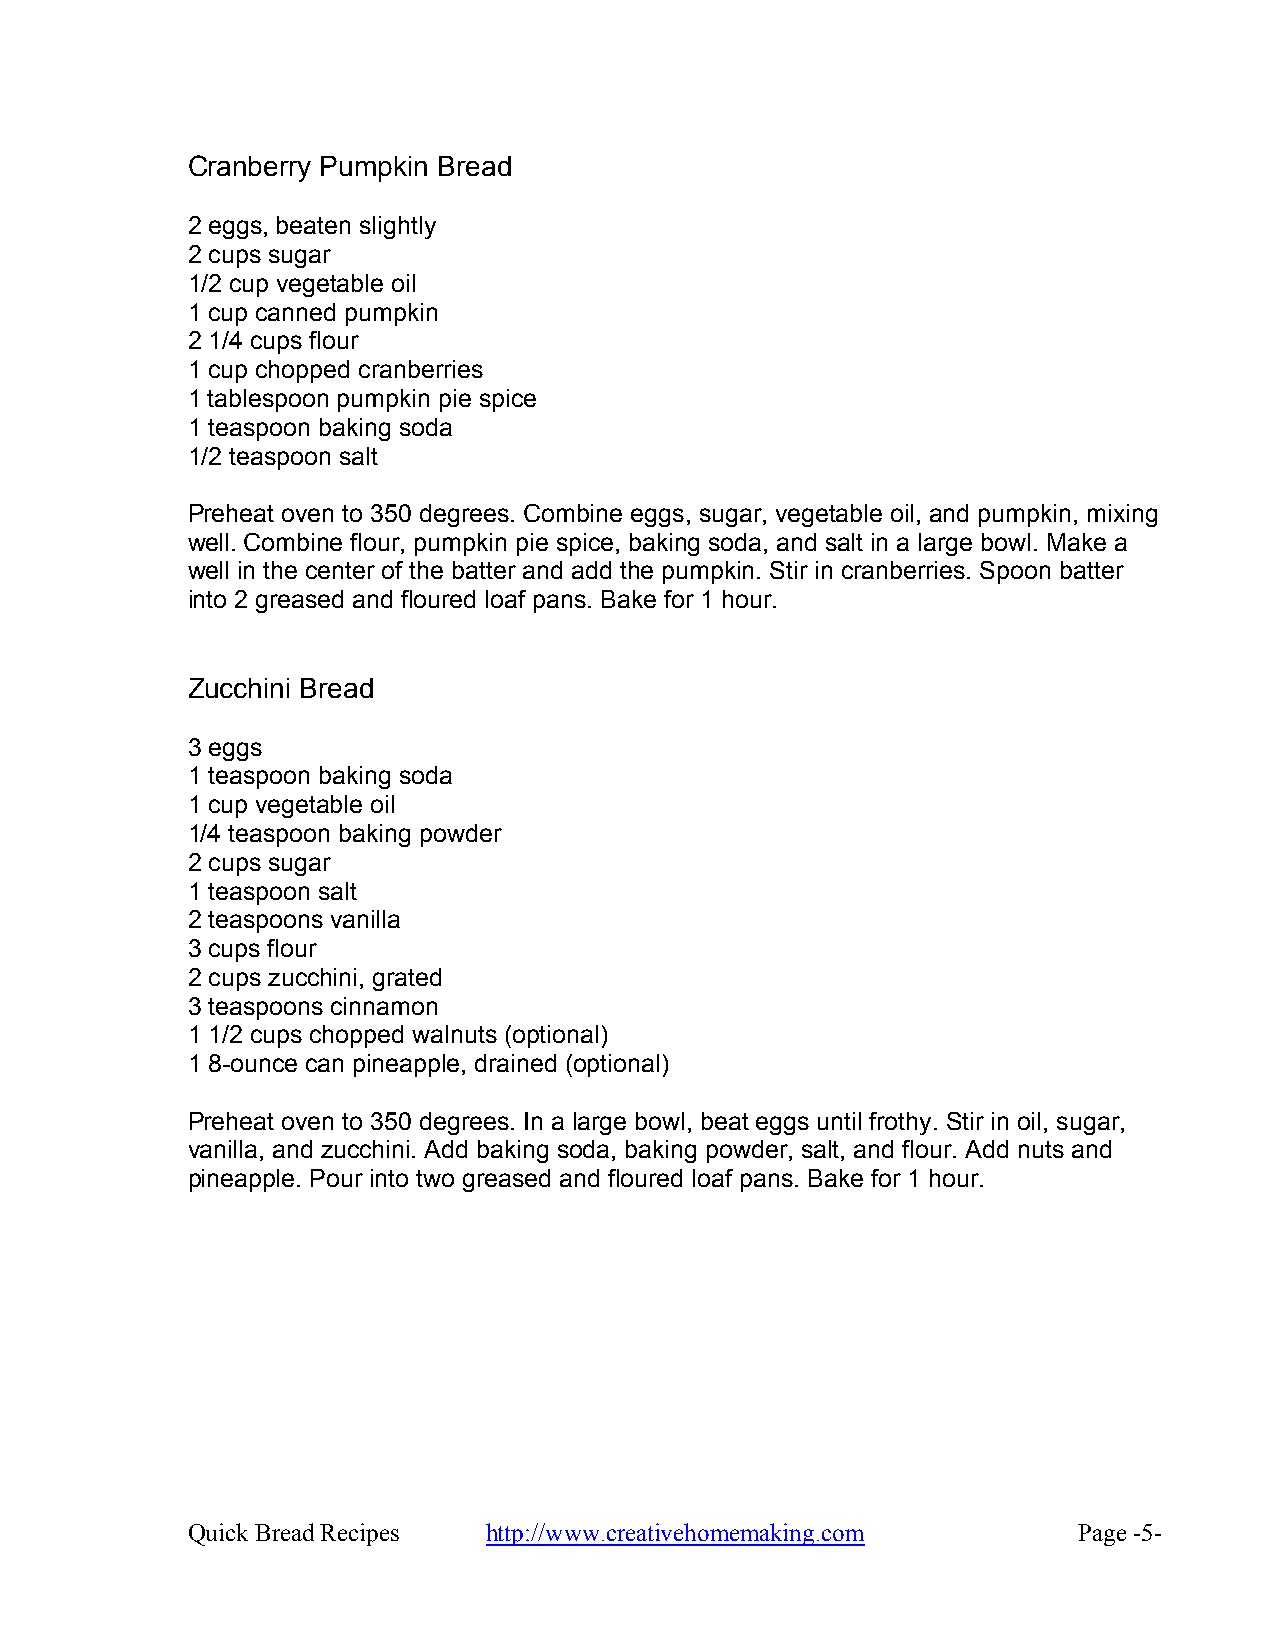
Cranberry Pumpkin Bread
 2 eggs, beaten slightly
 2 cups sugar
 1/2 cup vegetable oil
 1 cup canned pumpkin
 2 1/4 cups flour
 1 cup chopped cranberries
 1 tablespoon pumpkin pie spice
 1 teaspoon baking soda
 1/2 teaspoon salt
 Preheat oven to 350 degrees. Combine eggs, sugar, vegetable oil, and pumpkin, mixing
 well. Combine flour, pumpkin pie spice, baking soda, and salt in a large bowl. Make a
 well in the center of the batter and add the pumpkin. Stir in cranberries. Spoon batter
 into 2 greased and floured loaf pans. Bake for 1 hour.
 Zucchini Bread
 3 eggs
 1 teaspoon baking soda
 1 cup vegetable oil
 1/4 teaspoon baking powder
 2 cups sugar
 1 teaspoon salt
 2 teaspoons vanilla
 3 cups flour
 2 cups zucchini, grated
 3 teaspoons cinnamon
 1 1/2 cups chopped walnuts (optional)
 1 8-ounce can pineapple, drained (optional)
 Preheat oven to 350 degrees. In a large bowl, beat eggs until frothy. Stir in oil, sugar,
 vanilla, and zucchini. Add baking soda, baking powder, salt, and flour. Add nuts and
 pineapple. Pour into two greased and floured loaf pans. Bake for 1 hour.
 Quick Bread Recipes http://www.creativehomemaking.com      Page -5-